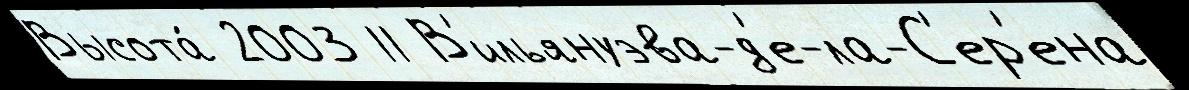
Высота́ 2003 11 В'ильянуэва-д'е-ла-С'ер'ена